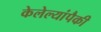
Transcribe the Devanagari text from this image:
केलेल्यांपैकी